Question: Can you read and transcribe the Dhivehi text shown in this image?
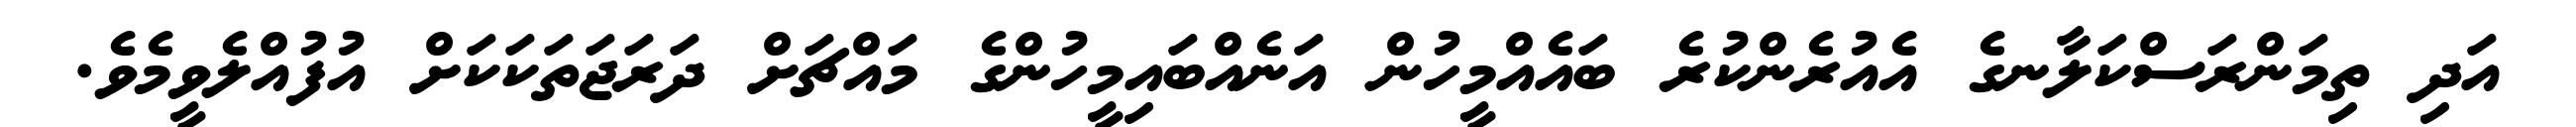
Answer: އަދި ތިމަންރަސްކަލާނގެ އެއުރެންކުރެ ބައެއްމީހުން އަނެއްބައިމީހުންގެ މައްޗަށް ދަރަޖަތަކަކަށް އުފުއްލެވީމެވެ.